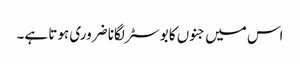
اس میں جنوں کا بوسٹر لگانا ضروری ہوتا ہے۔